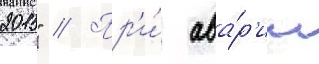
2015" // Пр'и́ ава́р'ии